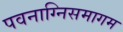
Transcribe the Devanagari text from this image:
पवनाग्निसमागम